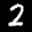
Label: 2